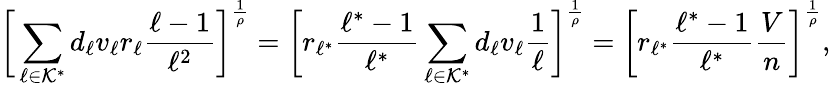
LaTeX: \bigg[\sum_{\ell\in\mathcal{K}^{*}}d_{\ell}v_{\ell}r_{\ell}\frac{\ell-1}{\ell^{2}}\bigg]^{\frac{1}{\rho}}=\bigg[r_{\ell^{*}}\frac{\ell^{*}-1}{\ell^{*}}\sum_{\ell\in\mathcal{K}^{*}}d_{\ell}v_{\ell}\frac{1}{\ell}\bigg]^{\frac{1}{\rho}}=\bigg[r_{\ell^{*}}\frac{\ell^{*}-1}{\ell^{*}}\frac{V}{n}\bigg]^{\frac{1}{\rho}},